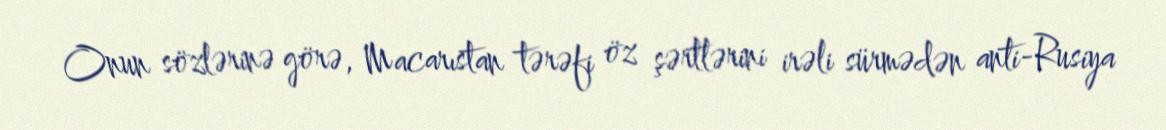
Onun sözlərinə görə, Macarıstan tərəfi öz şərtlərini irəli sürmədən anti-Rusiya